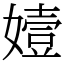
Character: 嬄